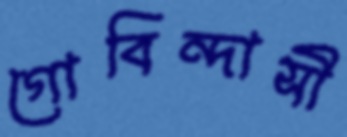
গোবিন্দাসী